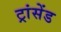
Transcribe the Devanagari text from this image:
ट्रांसेंड